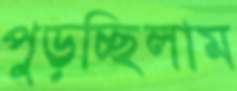
পুড়চ্ছিলাম